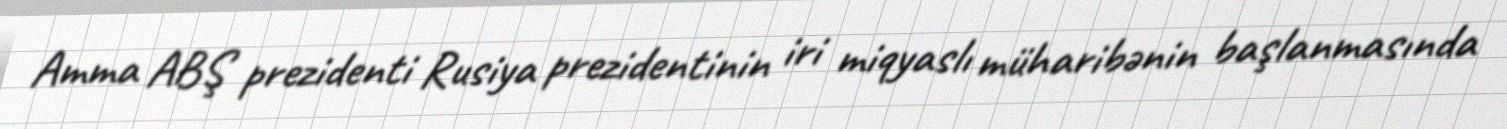
Amma ABŞ prezidenti Rusiya prezidentinin iri miqyaslı müharibənin başlanmasında